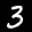
Label: 3